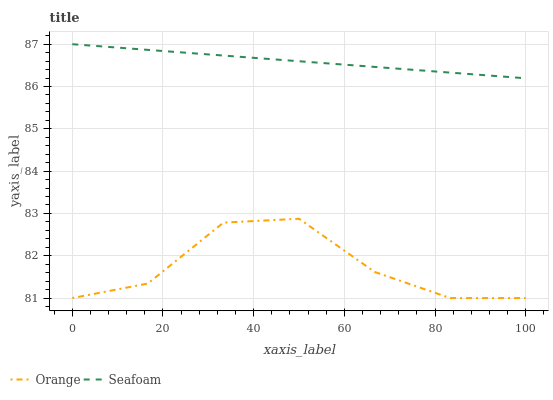
| xaxis_label | Orange | Seafoam |
 | --- | --- | --- |
 | 0 | 81 | 87 |
 | 16.7 | 81.3 | 86.9 |
 | 33.3 | 82.8 | 86.7 |
 | 50 | 82.9 | 86.6 |
 | 66.7 | 81.6 | 86.5 |
 | 83.3 | 81 | 86.3 |
 | 100 | 81 | 86.2 |